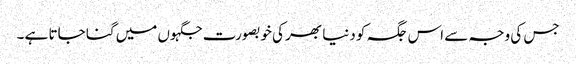
جس کی وجہ سے اس جگہ کو دنیا بھر کی خوبصورت جگہوں میں گنا جاتا ہے ۔